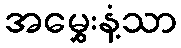
အမွှေးနံ့သာ